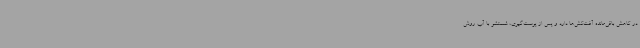
در کاهش باقی‌مانده آفت‌کش‌ها دارد و پس از پوست‌گیری، شستشو با آب روش